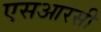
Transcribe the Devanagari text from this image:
एसआरसी